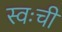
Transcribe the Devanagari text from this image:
स्वःची